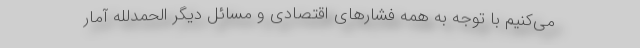
می‌کنیم با توجه به همه فشارهای اقتصادی و مسائل دیگر الحمدلله آمار